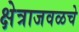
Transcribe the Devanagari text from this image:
क्षेत्राजवळचे